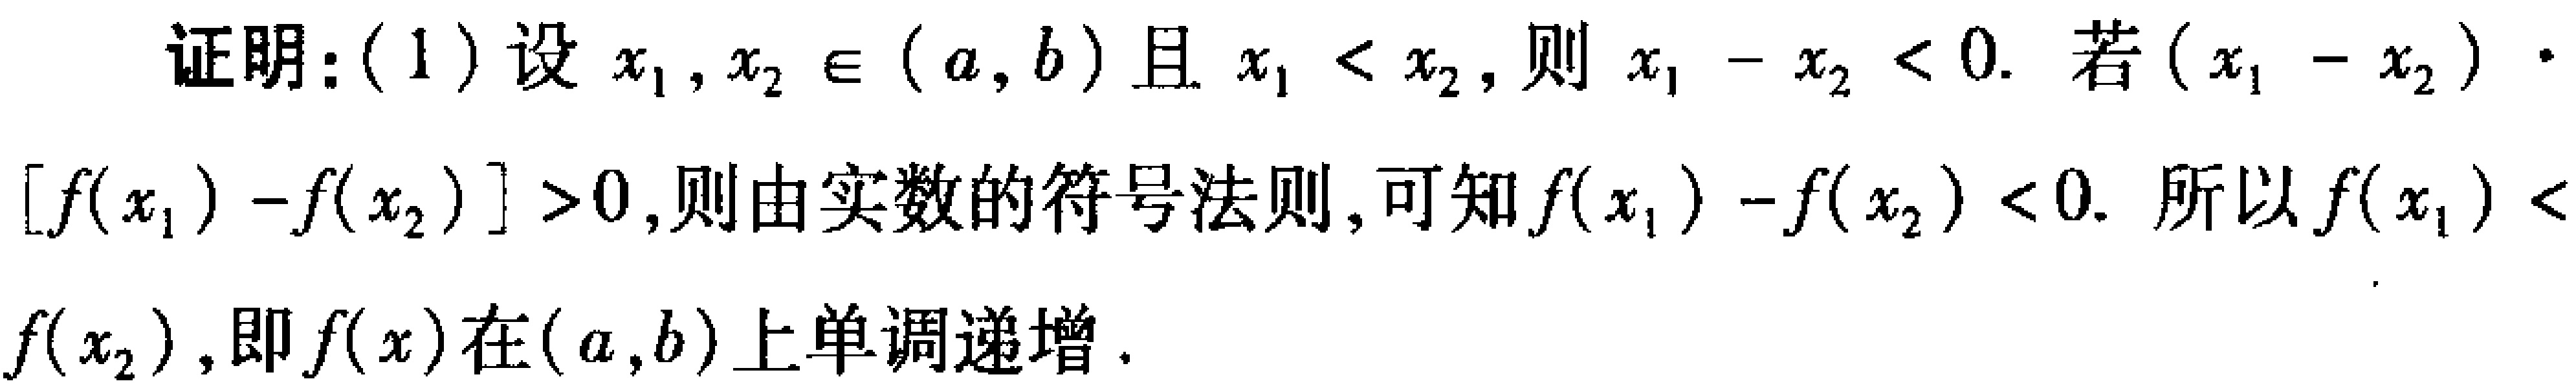
证明：(1)设 \(x_1,x_2\in(a,b)\)且 \(x_1 < x_2\)，则 \(x_1 - x_2 < 0\). 若 \((x_1 - x_2)\cdot[f(x_1)-f(x_2)]>0\)，则由实数的符号法则，可知 \(f(x_1)-f(x_2)<0\). 所以 \(f(x_1)<f(x_2)\)，即 \(f(x)\)在 \((a,b)\)上单调递增.